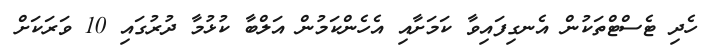
ހެދި ޓެސްޓްތަކުން އެނގިފައިވާ ކަމަށާއި އެހެންކަމުން އަލްބާ ކުޅުމާ ދުރުގައި 10 ވަރަކަށް